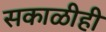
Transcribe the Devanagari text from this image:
सकाळीही